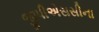
જીપીએસસીના